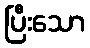
ပြီးသော